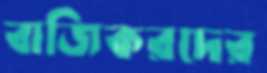
বাজিকরদের